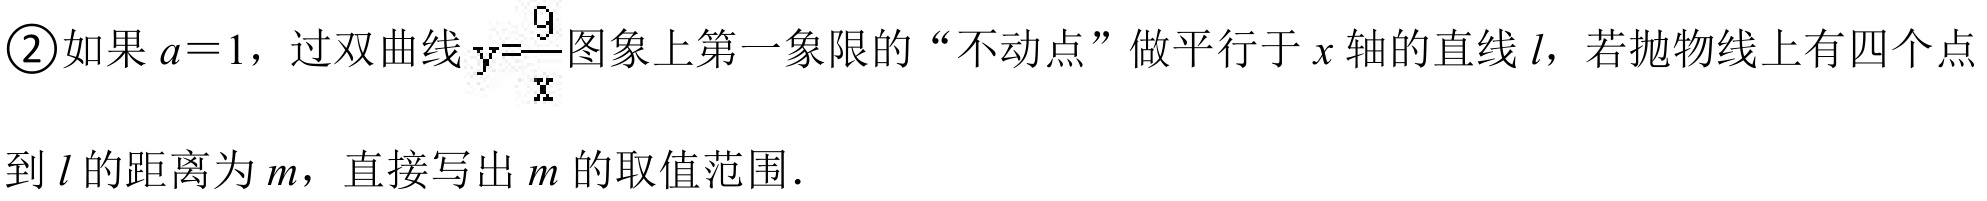
\textcircled{2}如果\(a = 1\)，过双曲线\(y=\frac{9}{x}\)图象上第一象限的“不动点”做平行于\(x\)轴的直线\(l\)，若抛物线上有四个点到\(l\)的距离为\(m\)，直接写出\(m\)的取值范围．